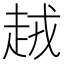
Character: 𧻪